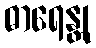
ဓာရေန္တု